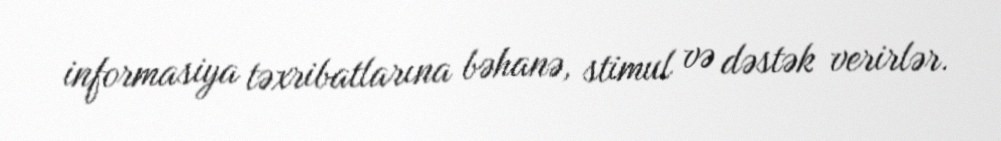
informasiya təxribatlarına bəhanə, stimul və dəstək verirlər.